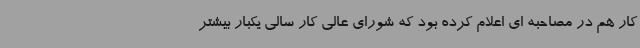
کار هم در مصاحبه ای اعلام کرده بود که شورای عالی کار سالی یکبار بیشتر